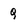
Character: q